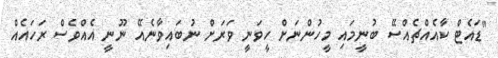
"ޑައެޓް ކާއެއްޗެއްސޭ ބުނީމައި މީހުންނަށް ހީވަނީ ވަރަށް ނުބައިވާނެއޭ ނޫނީ އެއްވެސް ރަހައެއް